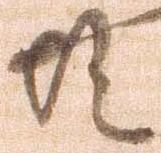
共